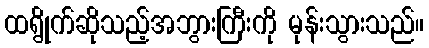
ထရွိုက်ဆိုသည့်အဘွားကြီးကို မုန်းသွားသည်။